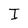
Character: I